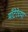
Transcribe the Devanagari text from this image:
माँटेरेच्या